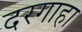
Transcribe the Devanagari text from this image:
दरगाहा